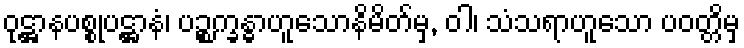
ဝုဋ္ဌာနပစ္စုပဋ္ဌာနံ၊ ပဉ္စက္ခန္ဓာဟူသောနိမိတ်မှ, ဝါ၊ သံသရာဟူသော ပဝတ္တိမှ